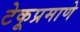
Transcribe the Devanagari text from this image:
टेकूप्रमाणे